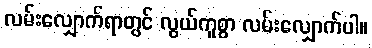
လမ်းလျှောက်ရာတွင် လွယ်ကူစွာ လမ်းလျှောက်ပါ။